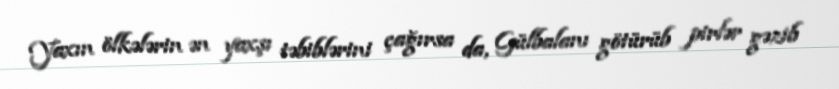
Yaxın ölkələrin ən yaxşı təbiblərini çağırsa da, Gülbalanı götürüb pirlər gəzib